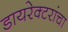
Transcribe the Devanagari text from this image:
डायरेक्टरांचा